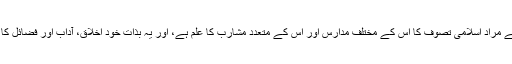
علوم الذوق سے مراد اسلامی تصوف کا اس کے مختلف مدارس اور اس کے متعدد مشارب کا علم ہے، اور یہ بذات خود اخلاق، آداب اور فضائل کا ایک علم ہے۔